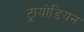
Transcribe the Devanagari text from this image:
ट्रायोडियन